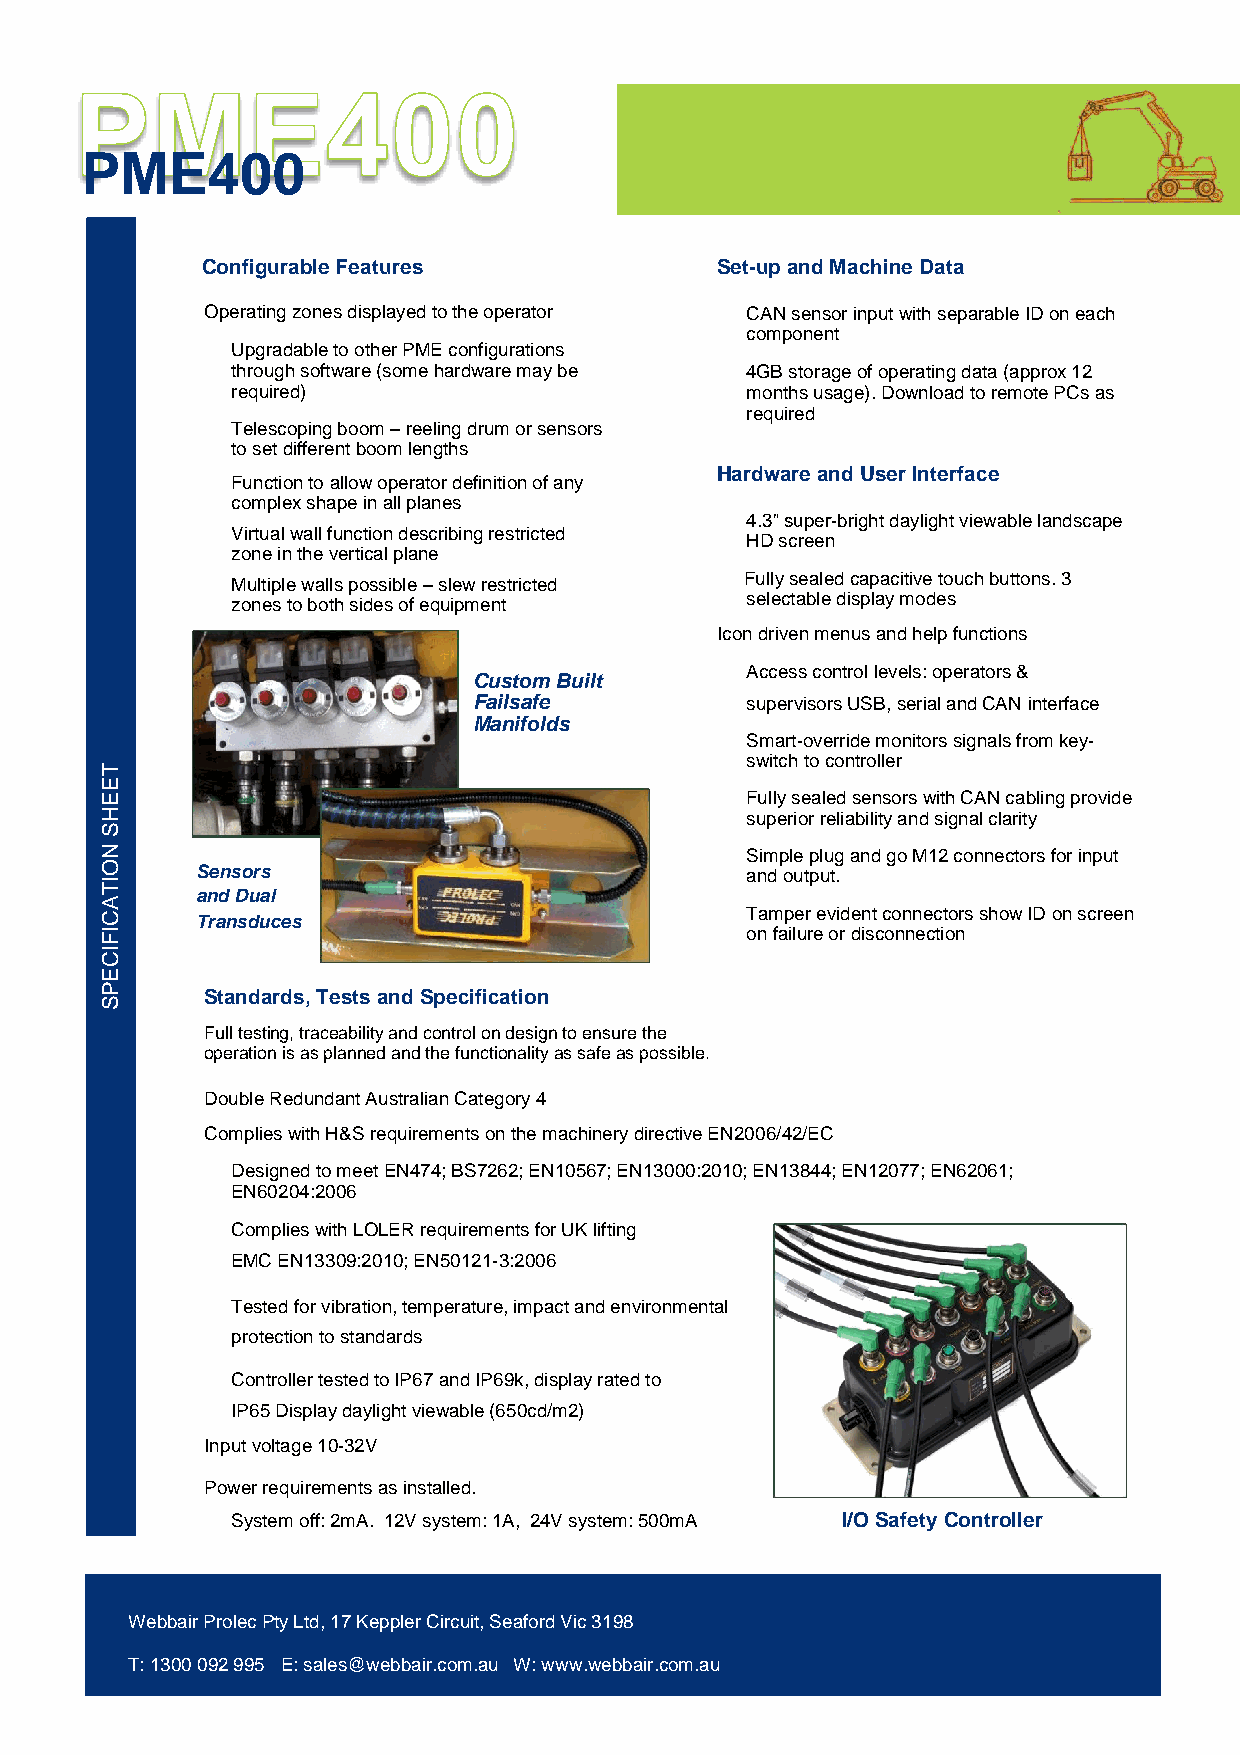
PME400
 Configurable Features             Set-up and Machine Data
 Operating zones displayed to the operator CAN sensor input with separable ID on each
 component
 Upgradable to other PME configurations
 through software (some hardware may be 4GB storage of operating data (approx 12
 required)                         months usage). Download to remote PCs as
 required
 Telescoping boom – reeling drum or sensors
 to set different boom lengths
 Hardware and User Interface
 Function to allow operator definition of any
 complex shape in all planes
 4.3” super-bright daylight viewable landscape
 Virtual wall function describing restricted
 HD screen
 zone in the vertical plane
 Multiple walls possible – slew restricted Fully sealed capacitive touch buttons. 3
 zones to both sides of equipment  selectable display modes
 Icon driven menus and help functions
 Access control levels: operators &
 Custom Built
 Failsafe          supervisors USB, serial and CAN interface
 Manifolds
 Smart-override monitors signals from key-
 T
 switch to controller
 E
 E                                         Fully sealed sensors with CAN cabling provide
 H                                         superior reliability and signal clarity
 S
 N                                         Simple plug and go M12 connectors for input
 O     Sensors                             and output.
 IT
 and Dual
 A
 C     Transduces                          Tamper evident connectors show ID on screen
 IF                                        on failure or disconnection
 IC
 E
 P
 S
 Standards, Tests and Specification
 Full testing, traceability and control on design to ensure the
 operation is as planned and the functionality as safe as possible.
 Double Redundant Australian Category 4
 Complies with H&S requirements on the machinery directive EN2006/42/EC
 Designed to meet EN474; BS7262; EN10567; EN13000:2010; EN13844; EN12077; EN62061;
 EN60204:2006
 Complies with LOLER requirements for UK lifting
 EMC EN13309:2010; EN50121-3:2006
 Tested for vibration, temperature, impact and environmental
 protection to standards
 Controller tested to IP67 and IP69k, display rated to
 IP65 Display daylight viewable (650cd/m2)
 Input voltage 10-32V
 Power requirements as installed.
 System off: 2mA. 12V system: 1A, 24V system: 500mA I/O Safety Controller. +61 3
 9775 1803 Email. s@webbair.com.au w. www.webbair.com.au
 Webbair Prolec Pty Ltd, 17 Keppler Circuit, Seaford Vic 3198
 T: 1300 092 995 E: sales@webbair.com.au W: www.webbair.com.au